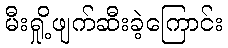
မီးရှို့ဖျက်ဆီးခဲ့ကြောင်း